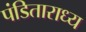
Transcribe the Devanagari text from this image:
पंडिताराध्य